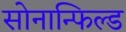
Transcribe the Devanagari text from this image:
सोनान्फिल्ड